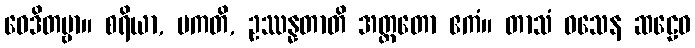
ဝေဒိတဗ္ဗာ။ စရိယာ, ပကတိ, ဥဿန္နတာတိ အတ္ထတော ဧကံ။ တာသံ ဝသေန ဆဠေဝ